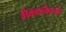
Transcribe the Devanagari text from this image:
मैकफ्लैक्नो